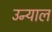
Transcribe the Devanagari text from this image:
उन्याल